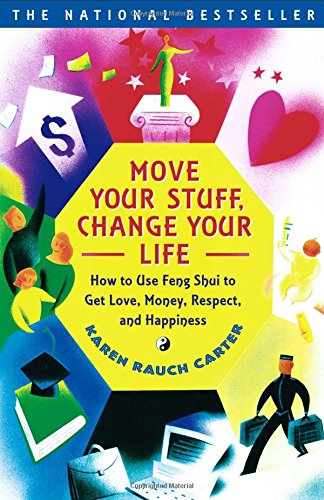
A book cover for Move Your Stuff, Change Your Life: How to Use Feng Shui to Get Love, Money, Respect, and Happiness; Karen Rauch Carter; Crafts, Hobbies & Home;